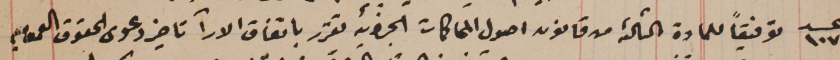
عدد ١٠٧ توفيقاً للمادة الثالثة من قانون اصول المحاكمات الجزائية تقرر باتفاق الارآ تاخير دعوى الحقوق العموميه